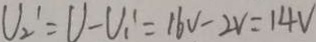
U _ { 2 ^ { \prime } } = U - U _ { 1 ^ { \prime } } = 1 6 V - 2 v = 1 4 V